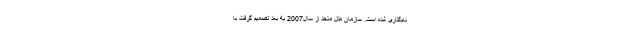
نام‌گذاری شده است. سازمان ملل متحد از سال2007 به بعد تصمیم گرفت با